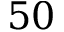
5 0